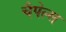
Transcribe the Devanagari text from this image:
चैपेल्स